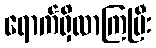
ရောက်ရှိလာကြပြီး